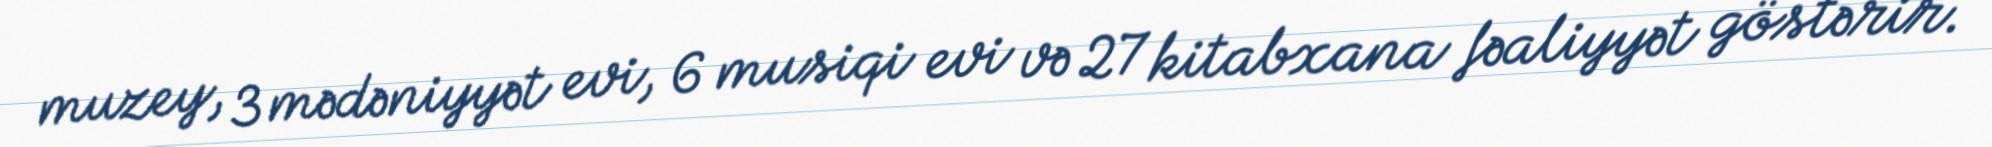
muzey, 3 mədəniyyət evi, 6 musiqi evi və 27 kitabxana fəaliyyət göstərir.